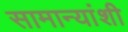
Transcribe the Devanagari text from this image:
सामान्यांशी